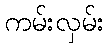
ကမ်းလှမ်း